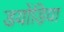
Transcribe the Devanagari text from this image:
डयोंड़िया